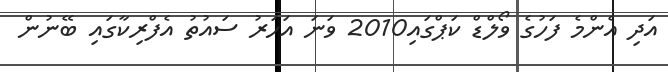
އަދި އެންމެ ފަހުގެ ވޯލްޑް ކަޕްގައި2010 ވަނަ އަހަރު ސައުތު އެފްރިކާގައި ބޭނުން